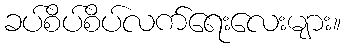
ခပ်စိပ်စိပ်လက်ရေးလေးများ။